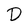
Character: D